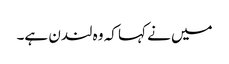
میں نے کہا کہ وہ لندن ہے۔